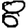
Digit: 8